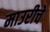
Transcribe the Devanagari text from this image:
माउरीचे